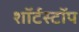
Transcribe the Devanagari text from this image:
शॉर्टस्टॉप